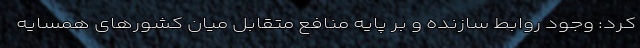
کرد: وجود روابط سازنده و بر پایه منافع متقابل میان کشورهای همسایه